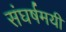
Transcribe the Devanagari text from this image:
संघर्षमयी